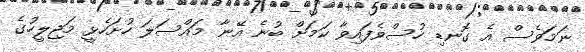
ނަމަވެސް އެ ގޮނޑި ހުސްވެފައިވާ ކަމަށް ބުނެ އޭނާ މައްސަލަ ހުށަހެޅީ މަޖިލީހުގެ